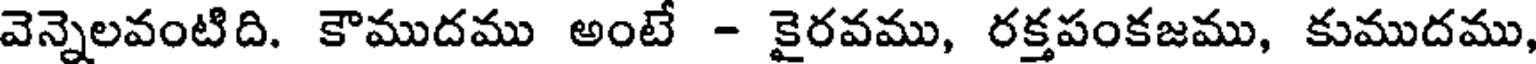
వెన్నెలవంటిది. కౌముదము అంటే - కైరవము, రక్తపంకజము, కుముదము,